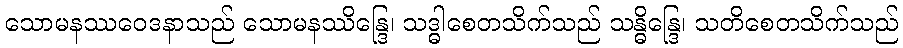
သောမနဿဝေဒနာသည် သောမနဿိန္ဒြေ၊ သဒ္ဓါစေတသိက်သည် သန္ဓိန္ဒြေ၊ သတိစေတသိက်သည်